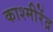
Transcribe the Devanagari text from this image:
काश्मीरेंद्र